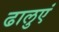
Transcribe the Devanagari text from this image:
ढालुएं